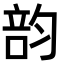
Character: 𥪇